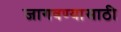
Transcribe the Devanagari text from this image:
जागवण्यासाठी